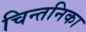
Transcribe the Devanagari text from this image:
चिन्तनिका